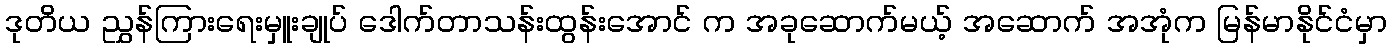
ဒုတိယ ညွှန်ကြားရေးမှူးချုပ် ဒေါက်တာသန်းထွန်းအောင် က အခုဆောက်မယ့် အဆောက် အအုံက မြန်မာနိုင်ငံမှာ